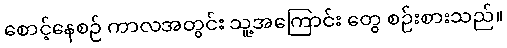
စောင့်နေစဉ် ကာလအတွင်း သူ့အကြောင်း တွေ စဉ်းစားသည်။